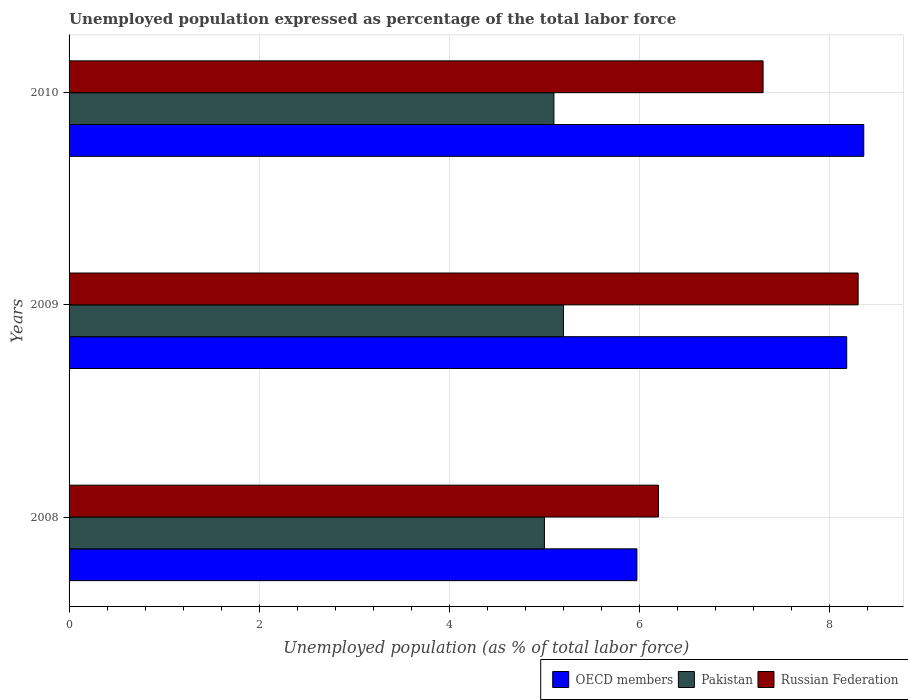
| Years | OECD members | Pakistan | Russian Federation |
 | --- | --- | --- | --- |
 | 2008 | 5.97 | 5 | 6.2 |
 | 2009 | 8.18 | 5.2 | 8.3 |
 | 2010 | 8.36 | 5.1 | 7.3 |